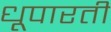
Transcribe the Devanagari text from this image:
धूपारती